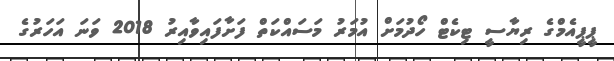
ޕީޕީއެެމްގެ ރިޔާސީ ޓިކެޓް ހޯދުމަށް އުމަރު މަސައްކަތް ފަށާފައިވާއިރު 2018 ވަަނަ އަހަރުގެ